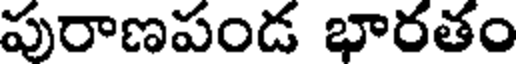
పురాణపండ భారతం